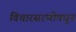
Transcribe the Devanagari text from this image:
विचारसरणीमधून